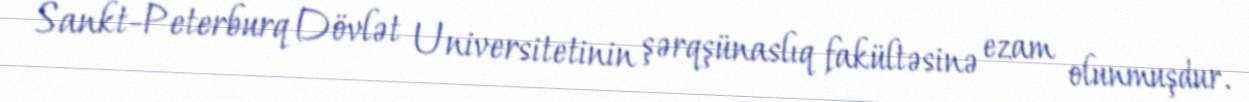
Sankt-Peterburq Dövlət Universitetinin şərqşünaslıq fakültəsinə ezam olunmuşdur.